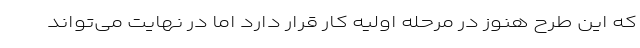
که این طرح هنوز در مرحله اولیه کار قرار دارد اما در نهایت می‌تواند